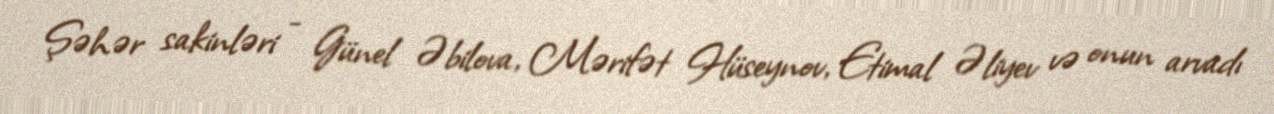
Şəhər sakinləri - Günel Əbilova, Mərifət Hüseynov, Etimal Əliyev və onun arvadı